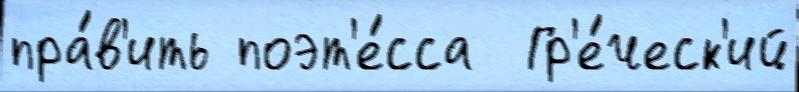
пра́в'ить поэт'е́сса  Гр'е́ческ'ий